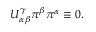
U _ { \alpha \beta } ^ { \gamma } \pi ^ { \beta } \pi ^ { \alpha } \equiv 0 .